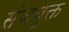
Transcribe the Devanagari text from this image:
संजयुक्त